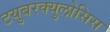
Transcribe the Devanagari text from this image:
टयुबरक्युलोसिस